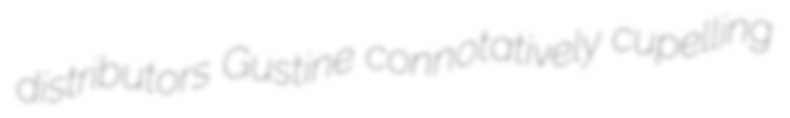
distributors Gustine connotatively cupelling